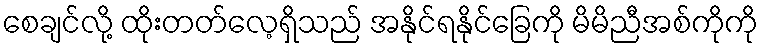
စေချင်လို့ ထိုးတတ်လေ့ရှိသည် အနိုင်ရနိုင်ခြေကို မိမိညီအစ်ကိုကို